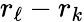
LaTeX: r_{\ell}-r_{k}